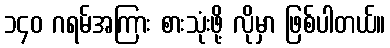
၁၄၀ ဂရမ်အကြား စားသုံးဖို့ လိုမှာ ဖြစ်ပါတယ်။